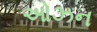
ઓઝન